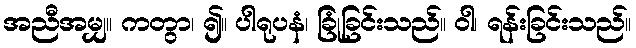
အညီအမျှ။ ကတွာ၊ ၍။ ပါရုပနံ၊ ခြုံခြင်းသည်။ ဝါ၊ ရန်းခြင်းသည်။